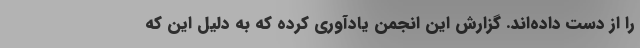
را از دست داده‌اند. گزارش این انجمن یادآوری کرده که به دلیل این که